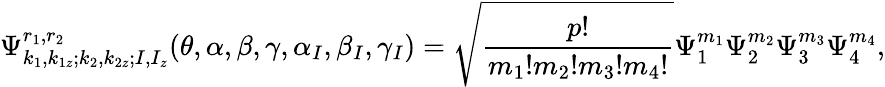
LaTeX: \Psi_{k_{1},k_{1z};k_{2},k_{2z};I,I_{z}}^{r_{1},r_{2}}(\theta,\alpha,\beta,\gamma,\alpha_{I},\beta_{I},\gamma_{I})=\sqrt{\frac{p!}{m_{1}!m_{2}!m_{3}!m_{4}!}}\Psi_{1}^{m_{1}}\Psi_{2}^{m_{2}}\Psi_{3}^{m_{3}}\Psi_{4}^{m_{4}},